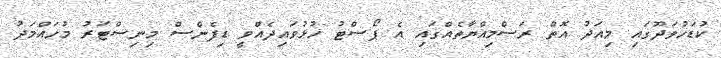
ކުޑަހުވަދޫގައި މިއަދު އޮތް ރަސްމިއްޔާތެއްގައި އެ ޕޯސްޓު ހުޅުވައިދެއްވީ ޑިފެންސް މިނިސްޓަރު މުހައްމަދު